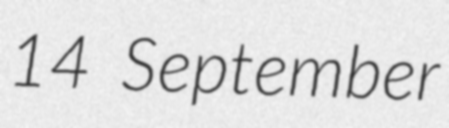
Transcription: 14 September